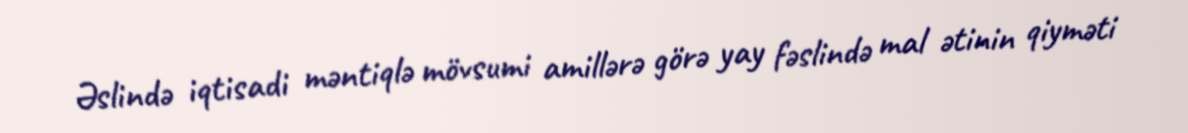
Əslində iqtisadi məntiqlə mövsumi amillərə görə yay fəslində mal ətinin qiyməti